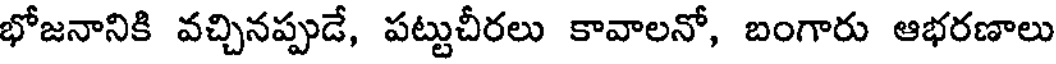
భోజనానికి వచ్చినప్పుడే, పట్టుచీరలు కావాలనో, బంగారు ఆభరణాలు